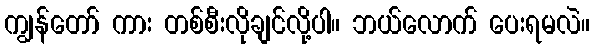
ကျွန်တော် ကား တစ်စီးလိုချင်လို့ပါ။ ဘယ်လောက် ပေးရမလဲ။